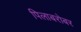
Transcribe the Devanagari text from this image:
पिलाबरोबर